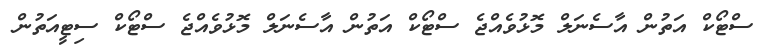
ސްޓޯކް އަތުން އާސެނަލް މޮޅުވެއްޖެ ސްޓޯކް އަތުން އާސެނަލް މޮޅުވެއްޖެ ސްޓޯކް ސިޓީއަތުން